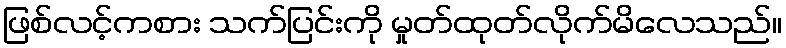
ဖြစ်လင့်ကစား သက်ပြင်းကို မှုတ်ထုတ်လိုက်မိလေသည်။